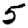
Digit: 5